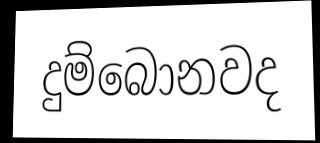
දුම්බොනවද